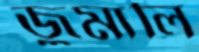
জুমালি